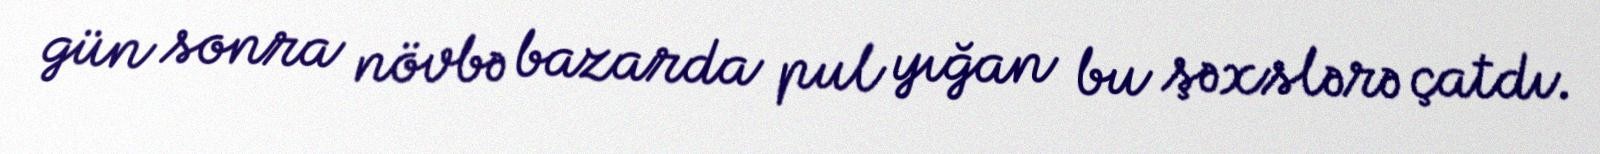
gün sonra növbə bazarda pul yığan bu şəxslərə çatdı.